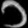
Digit: ၁